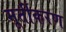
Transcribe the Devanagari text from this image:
मूर्तीकरण